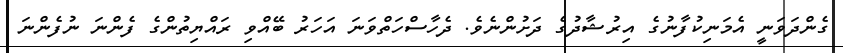
ގެންދަވަނީ އެމަނިކުފާނުގެ އިރުޝާދުގެ ދަށުންނެވެ. ދެހާސްހަތްވަނަ އަހަރު ބޭއްވި ރައްޔިތުންގެ ފެންނަ ނުފެންނަ